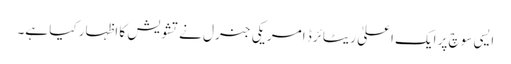
ایسی سوچ پر ایک اعلیٰ ریٹائرڈ امریکی جنرل نے تشویش کا اظہار کیا ہے۔